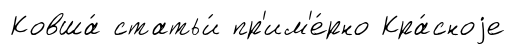
Ковша́ статьи́ пр'им'е́рно Кра́сноjе